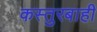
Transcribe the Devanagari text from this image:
कस्तुरबाही